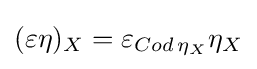
(\varepsilon \eta )_{X}=\varepsilon _{Cod\,\eta _{X}}\eta _{X}